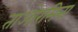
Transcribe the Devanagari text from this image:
ताओरमिना